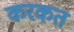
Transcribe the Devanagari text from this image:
करकत